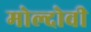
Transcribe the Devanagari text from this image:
मोल्दोवी